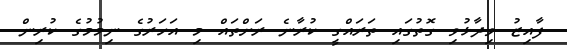
ފާއިޒު ވިދާޅުވި ގޮތުގައި ތަރައްގީ ކުރާނެ ރަށްތައް މި އަހަރުގެ ނިމުމުގެ ކުރިން